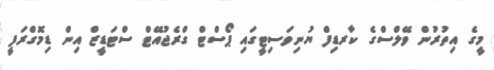
މީގެ އިތުރުން ވޭލްސްގެ ކާރޑިފް ޔުނިވަސިޓީގައި ޕޯސްޓް ގްރެޖުއޭޓް ސްޓަޑީޒް އިން ޑިމޮގްރަފީ